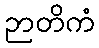
ဉာတိကံ